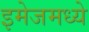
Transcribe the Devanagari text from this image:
इमेजमध्ये